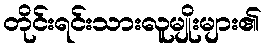
တိုင်းရင်းသားလူမျိုးများ၏